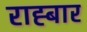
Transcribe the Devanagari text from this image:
राह्बार